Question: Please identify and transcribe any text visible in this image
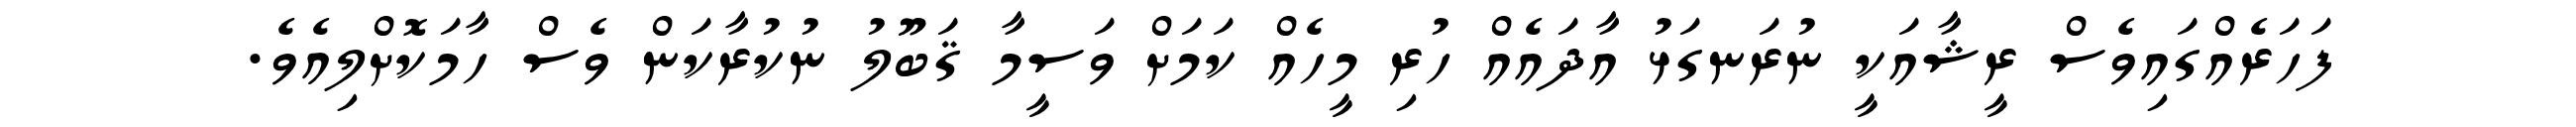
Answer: ފަހަރެއްގައިވެސް ރީޝާއަކީ ނުރަނގަޅު އާދައެއް ހުރި މީހެއް ކަމަށް ވަސީމާ ޤަބޫލު ނުކުރާކަން ވެސް ހާމަކޮށްލިއެވެ.